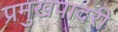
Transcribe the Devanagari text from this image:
प्रमुखपादरी